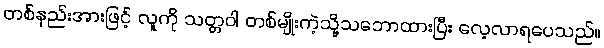
တစ်နည်းအားဖြင့် လူကို သတ္တဝါ တစ်မျိုးကဲ့သို့သဘောထားပြီး လေ့လာရပေသည်။